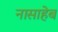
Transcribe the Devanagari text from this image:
नासाहेब